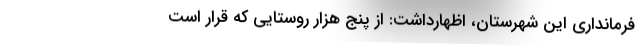
فرمانداری این شهرستان، اظهارداشت: از پنج هزار روستایی که قرار است